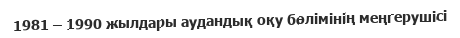
1981 – 1990 жылдары аудандық оқу бөлімінің меңгерушісі